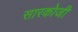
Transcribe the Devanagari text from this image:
सारकोजी